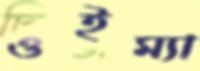
ওইম্যা